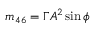
m _ { 4 6 } = \Gamma A ^ { 2 } \sin \phi